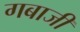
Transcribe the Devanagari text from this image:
गबाजी